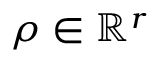
\boldsymbol { \rho } \in \mathbb { R } ^ { r }